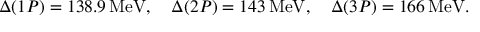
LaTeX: \Delta ( 1 P ) = 1 3 8 . 9 \, \mathrm { M e V } , \quad \Delta ( 2 P ) = 1 4 3 \, \mathrm { M e V } , \quad \Delta ( 3 P ) = 1 6 6 \, \mathrm { M e V } .